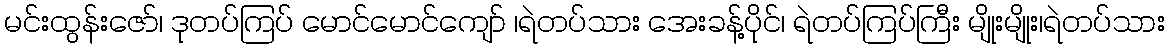
မင်းထွန်းဇော်၊ ဒုတပ်ကြပ် မောင်မောင်ကျော် ၊ရဲတပ်သား အေးခန့်ပိုင်၊ ရဲတပ်ကြပ်ကြီး မျိုးမျိုး၊ရဲတပ်သား